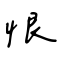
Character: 恨